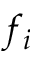
f _ { i }